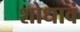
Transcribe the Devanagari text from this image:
शोधावं